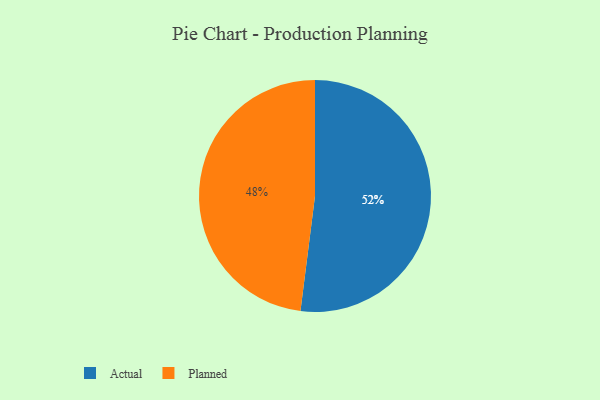
{"axis": {"x": "Category", "y": "Percentage"}, "legend": ["Actual", "Planned"], "data": [{"x": "Actual", "y": 52, "type": "Actual"}, {"x": "Planned", "y": 48, "type": "Planned"}]}